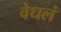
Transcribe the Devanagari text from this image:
वेधलं